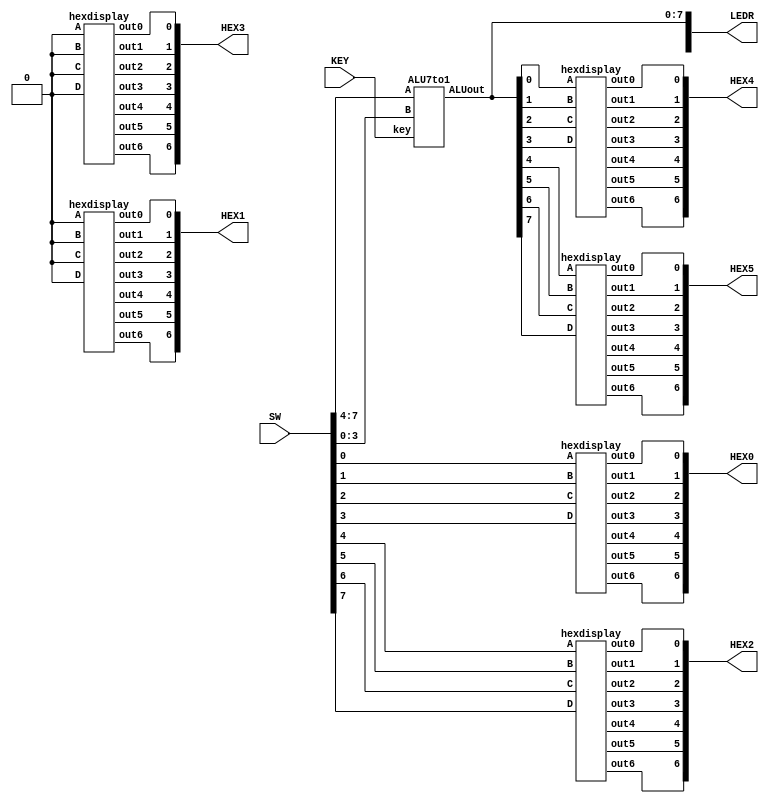
module ALU(LEDR,SW,KEY,HEX0,HEX1,HEX2,HEX3,HEX4,HEX5);
	input[9:0]SW;
	input[2:0]KEY;
	output[9:0]LEDR;
	output[6:0] HEX0,HEX1,HEX2,HEX3,HEX4,HEX5;
	ALU7to1 a1(.A(SW[7:4]),
	.B(SW[3:0]),
	.key(KEY[2:0]),
	.ALUout(LEDR[7:0])
	);
	
	hexdisplay h0(
	.D(SW[3]),
	.C(SW[2]),
	.B(SW[1]),
	.A(SW[0]),
	.out0(HEX0[0]),
	.out1(HEX0[1]),
	.out2(HEX0[2]),
	.out3(HEX0[3]),
	.out4(HEX0[4]),
	.out5(HEX0[5]),
	.out6(HEX0[6]));
	
	hexdisplay h1(.D(1'b0),
	.C(1'b0),
	.B(1'b0),
	.A(1'b0),
	.out0(HEX1[0]),
	.out1(HEX1[1]),
	.out2(HEX1[2]),
	.out3(HEX1[3]),
	.out4(HEX1[4]),
	.out5(HEX1[5]),
	.out6(HEX1[6]));
	
	hexdisplay h2(.D(SW[7]),
	.C(SW[6]),
	.B(SW[5]),
	.A(SW[4]),
	.out0(HEX2[0]),
	.out1(HEX2[1]),
	.out2(HEX2[2]),
	.out3(HEX2[3]),
	.out4(HEX2[4]),
	.out5(HEX2[5]),
	.out6(HEX2[6]));
	
	hexdisplay h3(.D(1'b0),
	.C(1'b0),
	.B(1'b0),
	.A(1'b0),
	.out0(HEX3[0]),
	.out1(HEX3[1]),
	.out2(HEX3[2]),
	.out3(HEX3[3]),
	.out4(HEX3[4]),
	.out5(HEX3[5]),
	.out6(HEX3[6]));
	
	hexdisplay h4(
	.D(LEDR[3]),
	.C(LEDR[2]),
	.B(LEDR[1]),
	.A(LEDR[0]),
	.out0(HEX4[0]),
	.out1(HEX4[1]),
	.out2(HEX4[2]),
	.out3(HEX4[3]),
	.out4(HEX4[4]),
	.out5(HEX4[5]),
	.out6(HEX4[6]));
	
	hexdisplay h5(
	.D(LEDR[7]),
	.C(LEDR[6]),
	.B(LEDR[5]),
	.A(LEDR[4]),
	.out0(HEX5[0]),
	.out1(HEX5[1]),
	.out2(HEX5[2]),
	.out3(HEX5[3]),
	.out4(HEX5[4]),
	.out5(HEX5[5]),
	.out6(HEX5[6]));
	

endmodule

module ALU7to1(A,B,key,ALUout);

   input[3:0] A;
	input[3:0] B;
	input[2:0] key;
	output [7:0] ALUout;
	reg [7:0] ALUout;
	wire cout;
	wire cout1;
	wire[3:0] sum;
	wire[3:0] sum1;
	wire[2:0] f;
	assign f[0] = ~key[0];
	assign f[1] = ~key[1];
	assign f[2] = ~key[2];
	
	rippleadder a1(
	.A(A[3:0]),
	.B(4'b0001),
	.cin(1'b0),
	.cout(cout),
	.sum(sum));
	
	rippleadder a2(
	.A(A[3:0]),
	.B(B[3:0]),
	.cin(1'b0),
	.cout(cout1),
	.sum(sum1));
	
	always @(*)
	begin
	    case(key)
		   3'b000://A+1
			  begin
			    ALUout[3:0] = sum;
				 ALUout[4] = cout;
				 ALUout[7:5] = 3'b000;
			  end
		   3'b001://A+B 
			  begin
			    ALUout[3:0] = sum1;
				 ALUout[4] = cout1;
				 ALUout[7:5] = 3'b000;
			  end
			3'b010://A+B
				ALUout = {4'b0000,A+B};
			3'b011:
			   ALUout = {A|B,A^B};
			3'b100:
			   ALUout = (A|B != 4'b0000)?8'b00000001: 8'b00000000;
			3'b101:
			   ALUout = {A,B};
			default: ALUout= 8'b00000000;
		 endcase
	end
endmodule

module rippleadder(A,B,cin,cout,sum);
   input[3:0] A;
	input[3:0] B;
	input cin;
	output cout;
	output[3:0] sum;
	wire f1,f2,f3;
	
	fulladder u0(.A(A[0]),
					 .B(B[0]),
					 .cin(cin),
					 .S(sum[0]),
					 .cout(f1));
	fulladder u1(.A(A[1]),
					 .B(B[1]),
					 .cin(f1),
					 .S(sum[1]),
					 .cout(f2));
	fulladder u2(.A(A[2]),
					 .B(B[2]),
					 .cin(f2),
					 .S(sum[2]),
					 .cout(f3));
   fulladder u3(.A(A[3]),
					 .B(B[3]),
					 .cin(f3),
					 .S(sum[3]),
					 .cout(cout));
endmodule

module fulladder(A,B,cin,S,cout);
	input A,B,cin;
	output S,cout;
	
	assign S=(A^B)^cin;
	assign cout= B & ~(A^B)| cin & (A^B);
	
endmodule

module hexdisplay(D,C,B,A,out0,out1,out2,out3,out4,out5,out6);
	input D,C,B,A;
	output out0,out1,out2,out3,out4,out5,out6;
	segment_0 u0
			(.D(D),
			 .C(C),
			 .B(B),
			 .A(A),
			 .out0(out0)
			);
   segment_1 u1
			(.D(D),
			 .C(C),
			 .B(B),
			 .A(A),
			 .out1(out1)
			);
	segment_2 u2
			(.D(D),
			 .C(C),
			 .B(B),
			 .A(A),
			 .out2(out2)
			);
	segment_3 u3
			(.D(D),
			 .C(C),
			 .B(B),
			 .A(A),
			 .out3(out3)
			);
	segment_4 u4
			(.D(D),
			 .C(C),
			 .B(B),
			 .A(A),
			 .out4(out4)
			);
	segment_5 u5
			(.D(D),
			 .C(C),
			 .B(B),
			 .A(A),
			 .out5(out5)
			);
	segment_6 u6
			(.D(D),
			 .C(C),
			 .B(B),
			 .A(A),
			 .out6(out6)
			);	
endmodule			

module segment_0(D,C,B,A,out0);
	input D;
	input C;
	input B;
	input A;
	output out0;
	
	assign out0 = (~A&~B&~C&D)|(~A&B&~C&~D)|(A&~B&C&D)|(A&B&~C&D);

endmodule


module segment_1(D,C,B,A,out1);
	input D;
	input C;
	input B;
	input A;
	output out1;
	
	assign out1 = (~A&B&~C&D)|(A&B&~D)|(B&C&~D)|(A&C&D);

endmodule


module segment_2(D,C,B,A,out2);
	input D;
	input C;
	input B;
	input A;
	output out2;
	
	assign out2 = (A&B&~D)|(A&B&C)|(~A&~B&C&~D);

endmodule


module segment_3(D,C,B,A,out3);
	input D;
	input C;
	input B;
	input A;
	output out3;
	
	assign out3 = B&C&D|~A&~B&~C&D|~A&B&~C&~D|A&~B&C&~D;

endmodule


module segment_4(D,C,B,A,out4);
	input D;
	input C;
	input B;
	input A;
	output out4;
	
	assign out4 = (~A&B&~C)|(~A&D)|(~B&~C&D);

endmodule


module segment_5(D,C,B,A,out5);
	input D;
	input C;
	input B;
	input A;
	output out5;
	
	assign out5 = (~A&~B&D)|(~A&~B&C)|(~A&C&D)|(A&B&~C&D);

endmodule


module segment_6(D,C,B,A,out6);
	input D;
	input C;
	input B;
	input A;
	output out6;
	
	assign out6 = (~A&~B&~C)|(~A&B&C&D)|(A&B&~C&~D);

endmodule